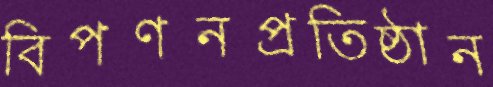
বিপণনপ্রতিষ্ঠান